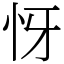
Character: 㤉